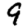
Digit: 9